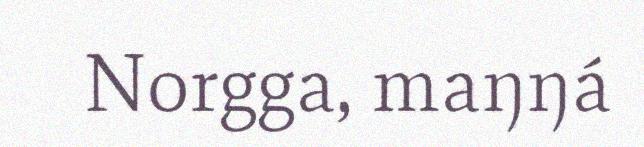
Norgga, maŋŋá